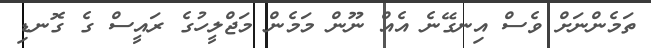
ތަމެންނަށް ވެސް އިނގޭނެ އެެއް ނޫން މަމެން މަޖްލީހުގެ ރައީސް ގެ ގޮނޑި